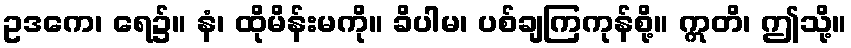
ဥဒကေ၊ ရေ၌။ နံ၊ ထိုမိန်းမကို။ ခိပါမ၊ ပစ်ချကြကုန်စို့။ ဣတိ၊ ဤသို့။